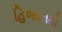
હિજરતથી